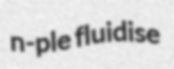
n-ple fluidise